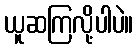
ယူဆကြလို့ပါပဲ။